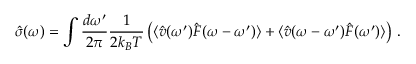
\hat { \sigma } ( \omega ) = \int \frac { d \omega ^ { \prime } } { 2 \pi } \frac { 1 } { 2 k _ { B } T } \left( \langle \hat { v } ( \omega ^ { \prime } ) \hat { F } ( \omega - \omega ^ { \prime } ) \rangle + \langle \hat { v } ( \omega - \omega ^ { \prime } ) \hat { F } ( \omega ^ { \prime } ) \rangle \right) \, .